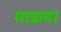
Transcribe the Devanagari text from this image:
माडल।